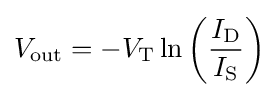
V_{\text{out}}=-V_{\text{T}}\ln \left({\frac {I_{\text{D}}}{I_{\text{S}}}}\right)